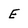
Character: E